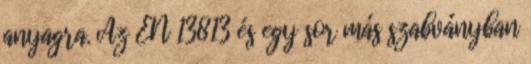
anyagra. Az EN 13813 és egy sor más szabványban